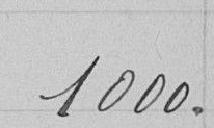
1.000